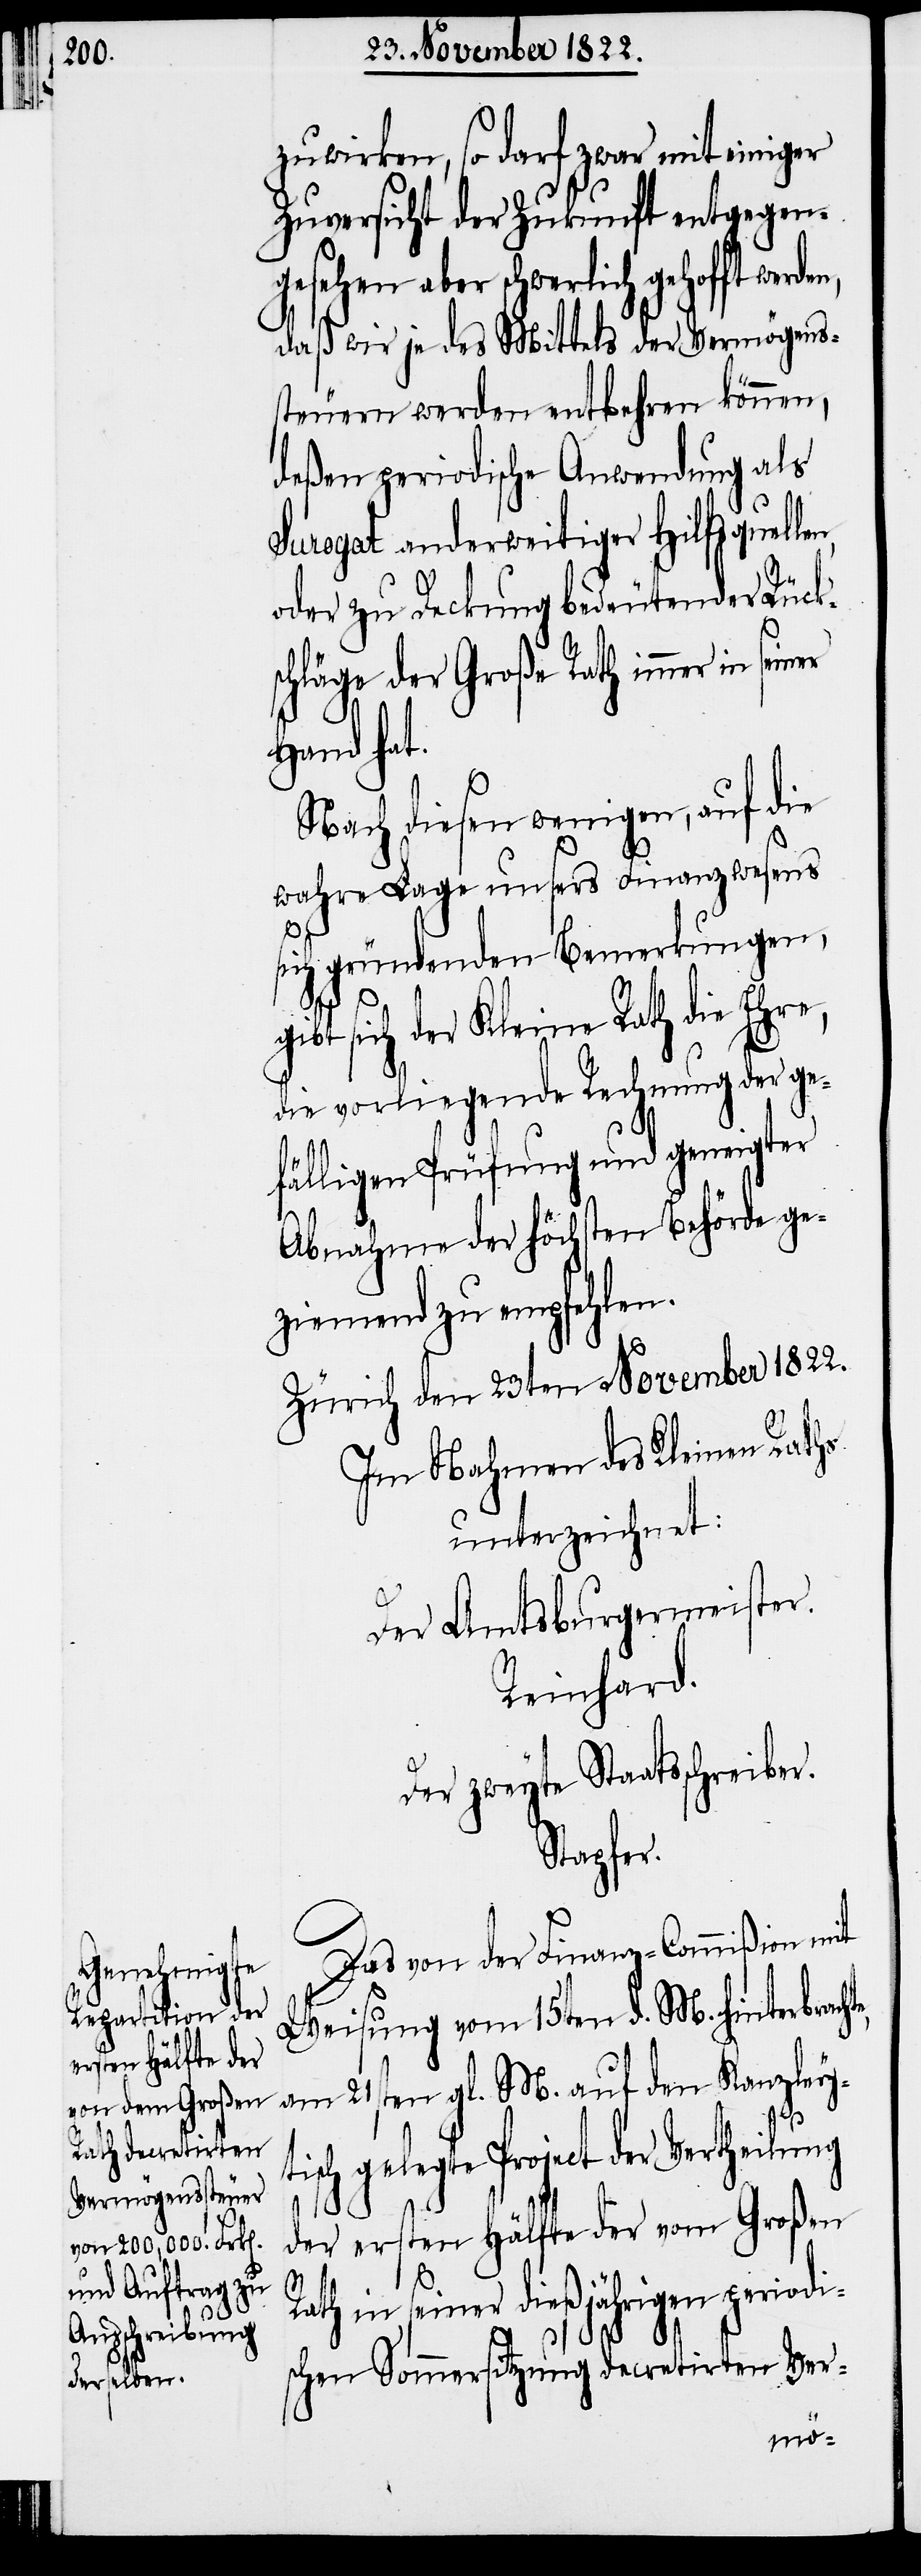
zuwirken, so darf zwar mit einiger
Zuversicht der Zukunft entgegen¬
gesehen aber schwerlich gehofft
daß wir je des Mittels der Vermögens¬
steuern werden entbehren können,
deßen periodische Anwendung als
Surogat anderweitiger Hilfsquelle¬
oder zu Deckung bedeutender Rücks¬
chläge der Große Rath immer in
Hand hat.
Nach diesen wenigen, auf die
wahre Lage unsers Finanzwesens
e,
sich gründenden Bemerkungen,
gibt sich der Kleine Rath die Ehre,
die vorliegende Rechnung der ge¬
fälligen Prüfung und geneigter
Abnahme der höchsten Behörde ge¬
ziemend zu empfehlen.
Zürich den 23sten November 1822.
Im Nahmen des Kleinen Raths
unterzeichnet:
Der Amtsburgermeister.
Reinhard.
Der zweyte Staatsschreiber.
Stapfer.
Das von der Finanz-Commißion mit
Weisung vom 15ten d. M. hinterbracht¬
am 21sten gl. M. auf den Kanzley¬
tisch gelegte Project der Vertheilung
der ersten Hälfte der vom Großen
Rath in seiner dießjährigen periodi¬
schen Sommersitzung decretirten Ver-